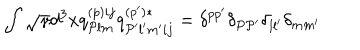
\int \sqrt { \gamma } d ^ { 3 } x q _ { { \cal P } l m } ^ { ( p ) i j } q _ { { \cal P } ^ { \prime } l ^ { \prime } m ^ { \prime } i j } ^ { ( p ^ { \prime } ) * } = \delta ^ { p p ^ { \prime } } \delta _ { { \cal P } { \cal P } ^ { \prime } } \delta _ { l l ^ { \prime } } \delta _ { m m ^ { \prime } }